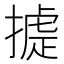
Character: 𢳵